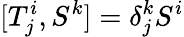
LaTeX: [T_{j}^{i},S^{k}]=\delta_{j}^{k}S^{i}